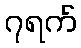
၇ရက်